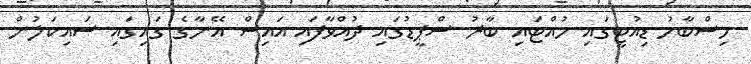
މިސްބާހު ޑިއުޓީގައި ހުއްޓައި ބާރު ސްޕީޑުގައި ދުއްވާފައި އައިސް އޭނާގެ ގައިގައި ސައިކަލުން